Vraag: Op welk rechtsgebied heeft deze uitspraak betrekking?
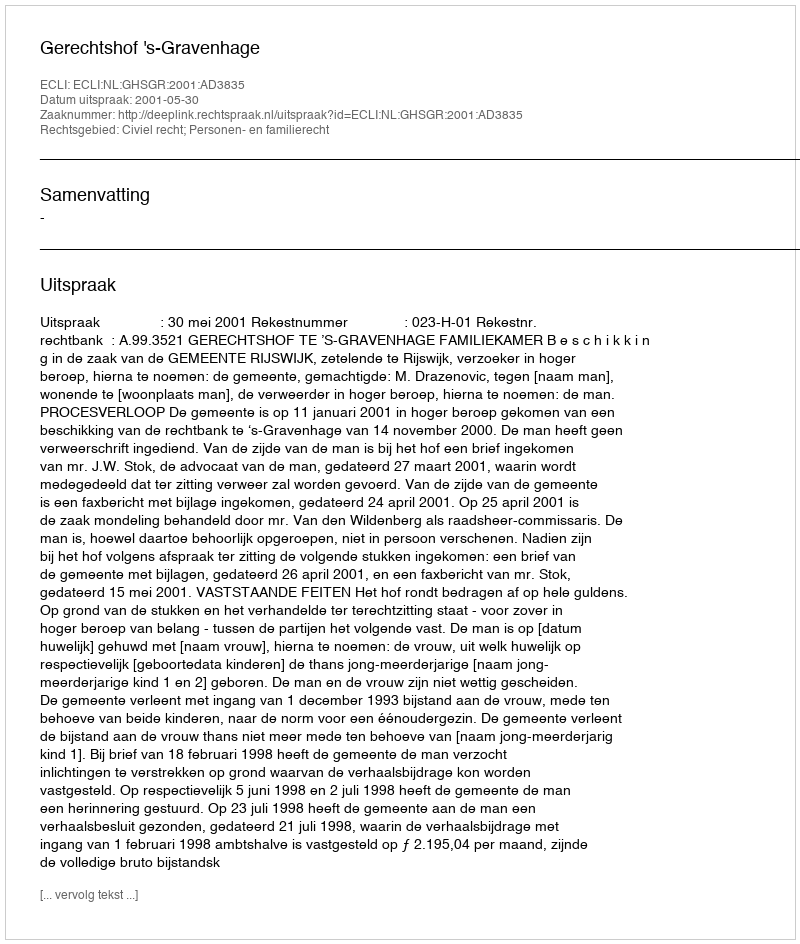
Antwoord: Civiel recht; Personen- en familierecht